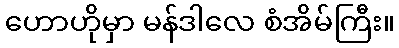
ဟောဟိုမှာ မန်ဒါလေ စံအိမ်ကြီး။